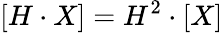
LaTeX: [H\cdot X]=H^{2}\cdot[X]